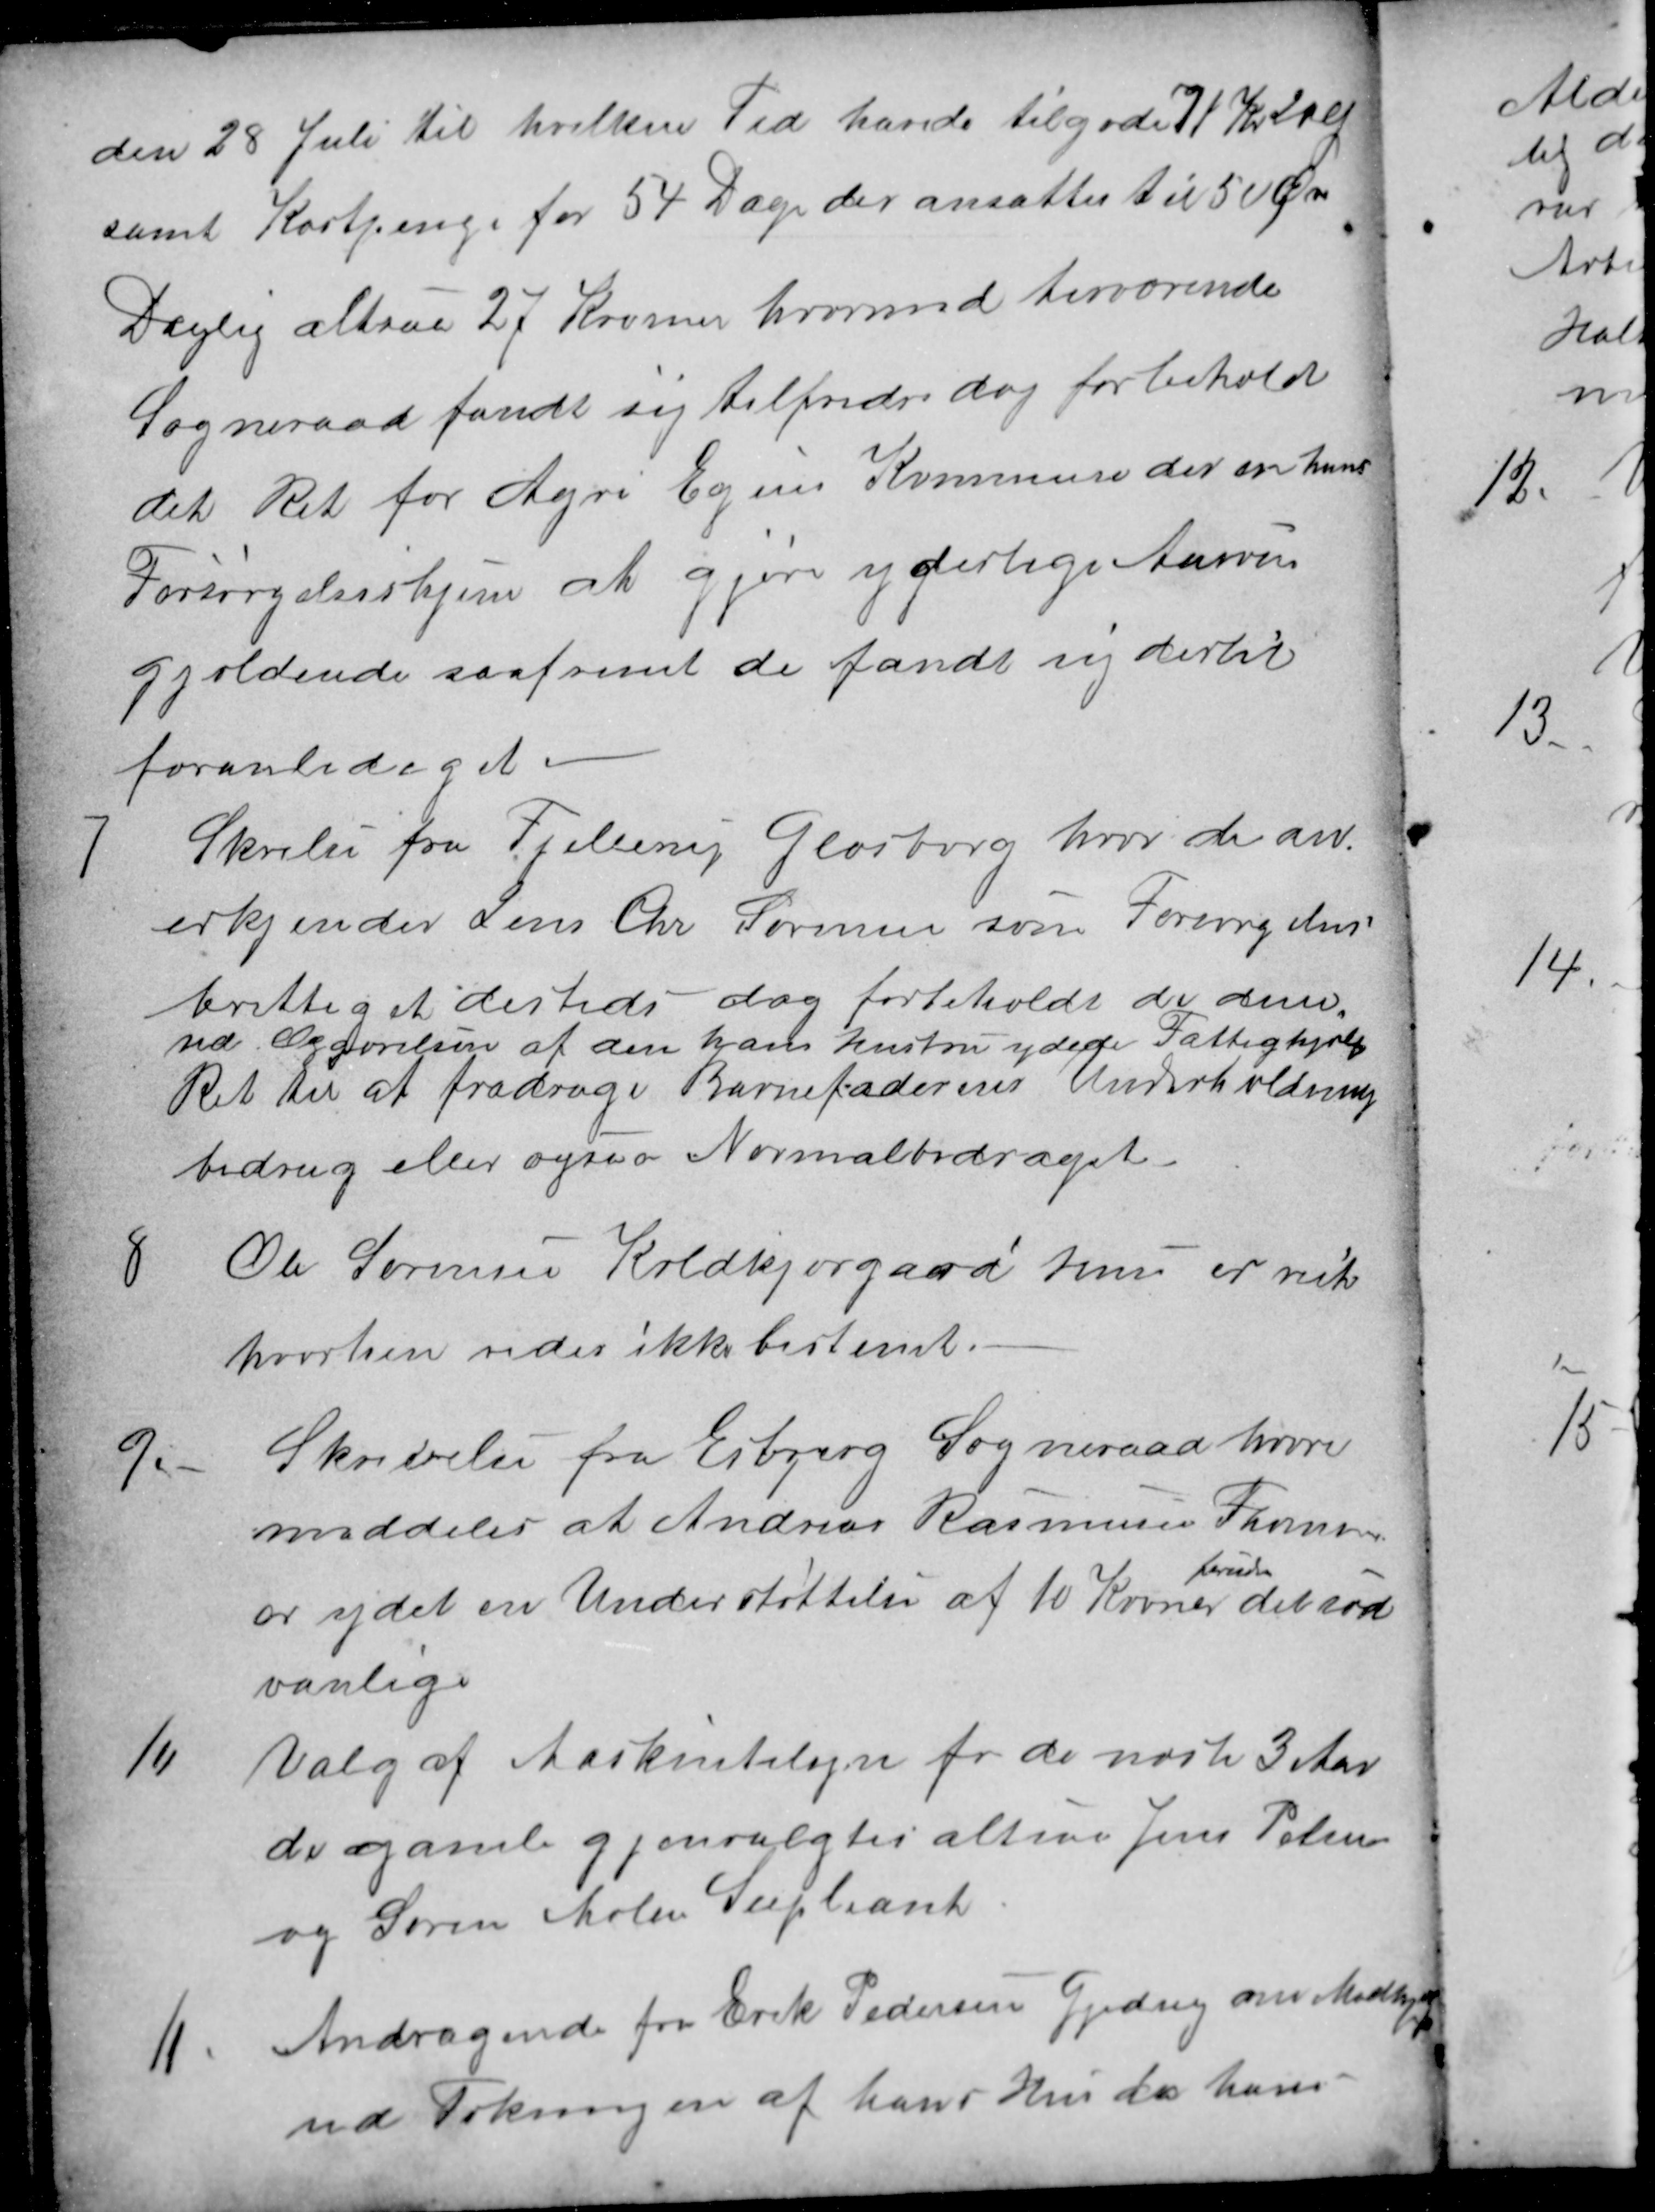
Transskription:
den 28 Juli til hvilken Tid havde tilgode 71 Kr 20 Ø
samt Kostpenge for 54 Dage der ansattes til 50 Øre
Daglig altsaa 27 Kroner hvormed herværende
Sogneraad fandt sig tilfreds dog forbehold
det Ret for Agri Egens Kommune der er hans
Forsørgelseshjem at gjøre yderlige Anrvin
gjældende saafremt de fandt sig dertil
foranlediget
7
Skrilse fra Fjellerup Glæsborg hvor de an-
erkjender Jens Chr Sørensen som Forsørgelses-
berettiget dersteds dog forbeholdt de dem,
ved Opførelsen af den hans hustru ydede Fattighjælp
Ret til at fradrage Barnefaderens Underholdning
bidrag eller ogsaa Normalbidraget
8
Ole Sørensen Koldkjærgaard Huse er reist
hvorhen vides ikke bestemt.
9.
Skrivelse fra Esbjerg Sogneraad hvori
meddeles at Andreas Rasmussen Thomsen
er ydet en Understøttelse af 10 Kroner
foruden
det sæd
vanlige
10
Valg af Maskintilsyn for de næste 3 Aar
de gamle gjenvalgtes altsaa Jens Pelsen
og Søren Holm Supleant.
11.
Andragende fra Erik Pedersen Gjeding om Medhjælp
ved Tækningen af hans Hus da hans